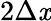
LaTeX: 2\Delta\mathit{x}